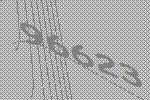
96623